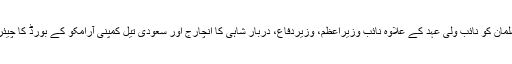
شہزادہ محمد بن سلمان کو نائب ولی عہد کے علاوہ نائب وزیراعظم، وزیردفاع، دربارِ شاہی کا انچارج اور سعودی تیل کمپنی آرامکو کے بورڈ کا چیئرمین بھی بنایا گیا۔